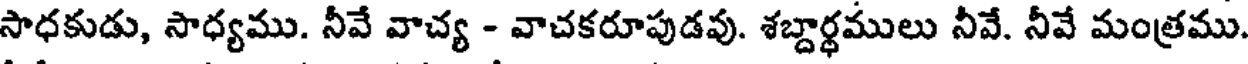
సాధకుడు, సాధ్యము. నీవే వాచ్య - వాచకరూపుడవు. శబ్దార్థములు నీవే. నీవే మంత్రము.